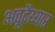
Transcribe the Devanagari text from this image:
अवूदैय्यार